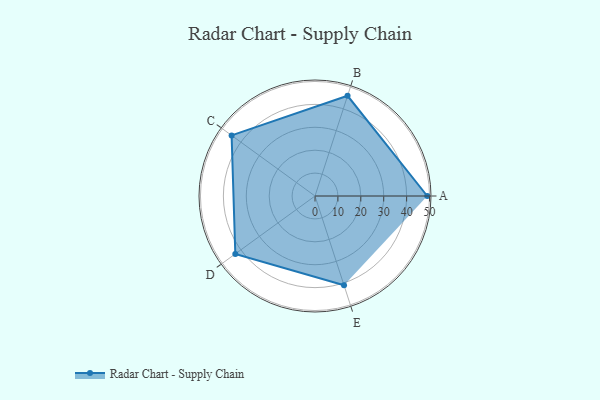
{"axis": {"x": "Skill", "y": "Score"}, "legend": ["Profile"], "data": [{"x": "A", "y": 49.0, "type": "Profile"}, {"x": "B", "y": 46.0, "type": "Profile"}, {"x": "C", "y": 45.0, "type": "Profile"}, {"x": "D", "y": 43.0, "type": "Profile"}, {"x": "E", "y": 41.0, "type": "Profile"}]}